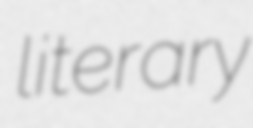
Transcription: literary